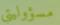
مسؤوليتي